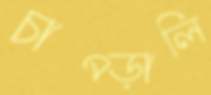
চাপ্‌ড়ালি